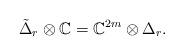
LaTeX: \begin{align*}\tilde\Delta_r\otimes\mathbb{C} = \mathbb{C}^{2m}\otimes \Delta_r. \end{align*}